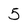
Character: 5